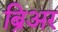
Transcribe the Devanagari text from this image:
ब्रिअर